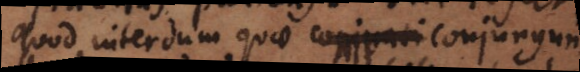
quod interdum quae compati conjungun